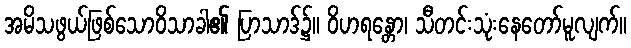
အမိသဖွယ်ဖြစ်သောဝိသာခါ၏ ပြာသာဒ်၌။ ဝိဟရန္တော၊ သီတင်းသုံးနေတော်မူလျက်။